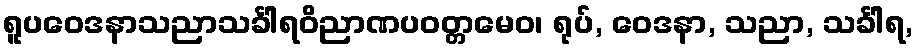
ရူပဝေဒနာသညာသင်္ခါရဝိညာဏပဝတ္တမေဝ၊ ရုပ်, ဝေဒနာ, သညာ, သင်္ခါရ,